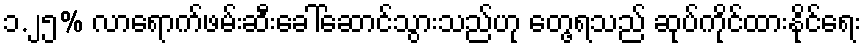
၁.၂၅% လာရောက်ဖမ်းဆီးခေါ်ဆောင်သွားသည်ဟု တေ့ွရသည် ဆုပ်ကိုင်ထားနိုင်ရေး